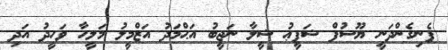
ފެނިގެންދަނީ ޔޫސުފް ޝަފީޢު ޝީލާ ނަޖީބު އަޙްމަދު އަޒްމީލު މަލީހާ ވަހީދު އަދި